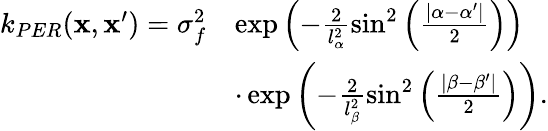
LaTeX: \begin{array}{rl}{k_{PER}(\mathbf{x},\mathbf{x}^{\prime})=\sigma_{f}^{2}}&{\exp\left(-\frac{2}{l_{\alpha}^{2}}\sin^{2}\left(\frac{\left|\alpha-\alpha^{\prime}\right|}{2}\right)\right)}\\ &{\cdot\exp\left(-\frac{2}{l_{\beta}^{2}}\sin^{2}\left(\frac{\left|\beta-\beta^{\prime}\right|}{2}\right)\right).}\end{array}